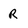
Character: R